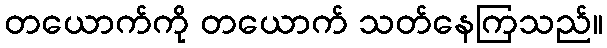
တယောက်ကို တယောက် သတ်နေကြသည်။